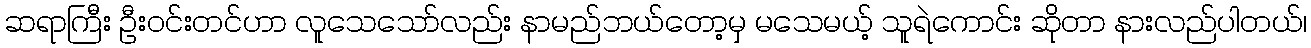
ဆရာကြီး ဦးဝင်းတင်ဟာ လူသေသော်လည်း နာမည်ဘယ်တော့မှ မသေမယ့် သူရဲကောင်း ဆိုတာ နားလည်ပါတယ်၊